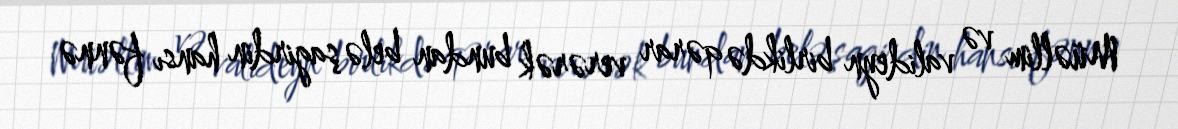
Müəllim və valideyn birlikdə qərar verərək bundan belə şagirdin hansı fənnə